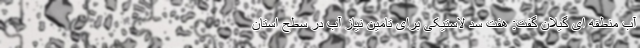
آب منطقه ای گیلان گفت: هفت سد لاستیکی برای تامین نیاز آب در سطح استان